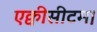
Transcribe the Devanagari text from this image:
एक्वीसीटम।